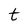
Character: t